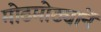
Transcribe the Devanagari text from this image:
मोठमोठ्यानें